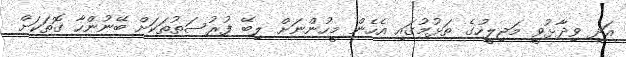
އަދި ވިދާޅުވީ މަޖިލީހުގެ ތަޅުމުގައި އެހެން މީހުންނަށް ލިބޭ ފުރުސަތުތަކަށް ބޭނުންހާ ގޮތަކަށް